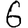
Digit: 6